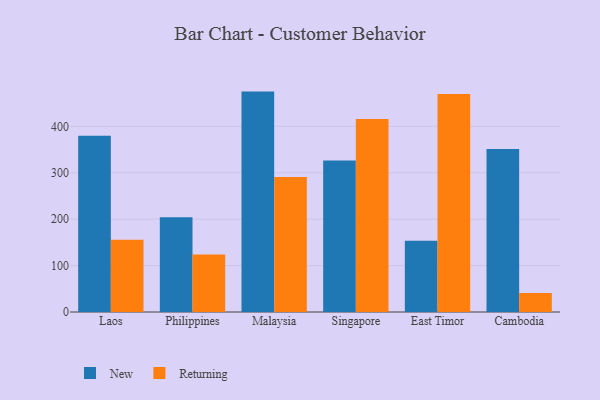
{"axis": {"x": "Country", "y": "Market Share (%)"}, "legend": ["New", "Returning"], "data": [{"x": "Laos", "y": 380.0, "type": "New"}, {"x": "Laos", "y": 155.6, "type": "Returning"}, {"x": "Philippines", "y": 204.1, "type": "New"}, {"x": "Philippines", "y": 123.8, "type": "Returning"}, {"x": "Malaysia", "y": 474.9, "type": "New"}, {"x": "Malaysia", "y": 291.1, "type": "Returning"}, {"x": "Singapore", "y": 326.6, "type": "New"}, {"x": "Singapore", "y": 415.7, "type": "Returning"}, {"x": "East Timor", "y": 153.4, "type": "New"}, {"x": "East Timor", "y": 469.9, "type": "Returning"}, {"x": "Cambodia", "y": 351.3, "type": "New"}, {"x": "Cambodia", "y": 40.8, "type": "Returning"}]}